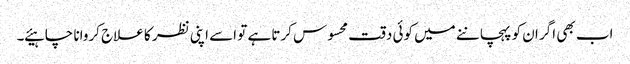
اب بھی اگر ان کو پہچاننے میں کوئی دقت محسوس کرتا ہے تو اسے اپنی نظر کا علاج کروانا چاہیئے ۔